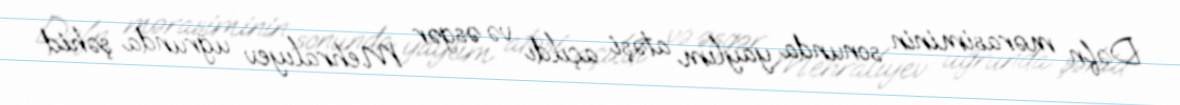
Dəfn mərasiminin sonunda yaylım atəşi açıldı və əsgər Mehralıyev uğrunda şəhid